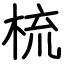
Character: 梳